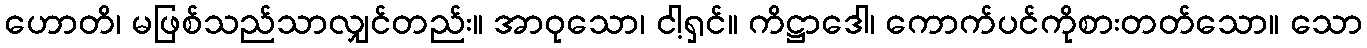
ဟောတိ၊ မဖြစ်သည်သာလျှင်တည်း။ အာဝုသော၊ ငါ့ရှင်။ ကိဋ္ဌာဒေါ၊ ကောက်ပင်ကိုစားတတ်သော။ သော